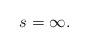
LaTeX: \begin{align*}s=\infty.\end{align*}